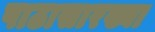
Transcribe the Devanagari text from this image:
पाठासारख्या